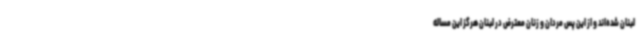
لبنان شده‌اند و از این پس مردان و زنان معترض در لبنان هرگز این مساله